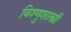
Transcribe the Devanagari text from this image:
विश्णुशास्त्री